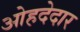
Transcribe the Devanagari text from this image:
ओहदेदार